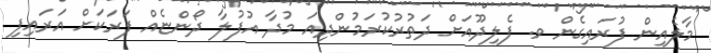
މާލެއިން ފުރައިގެން ވ. ފެލިދޫއަށް ދަތުރުކުރަމުންދިއަ މުދާ އުފުލާ ދޯންޏެއް ފަރަކަށް އަރައިފި